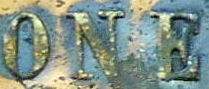
ONE